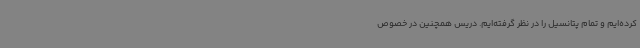
کرده‌ایم و تمام پتانسیل را در نظر گرفته‌ایم. دریس همچنین در خصوص